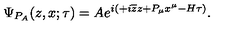
\Psi _ { P _ { A } } ( z , x ; \tau ) = A e ^ { i \left( + i \overline { { z } } z + P _ { \mu } x ^ { \mu } - H \tau \right) } .